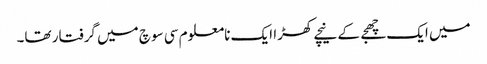
میں ایک چھجے کے نیچے کھڑا ایک نامعلوم سی سوچ میں گرفتار تھا۔